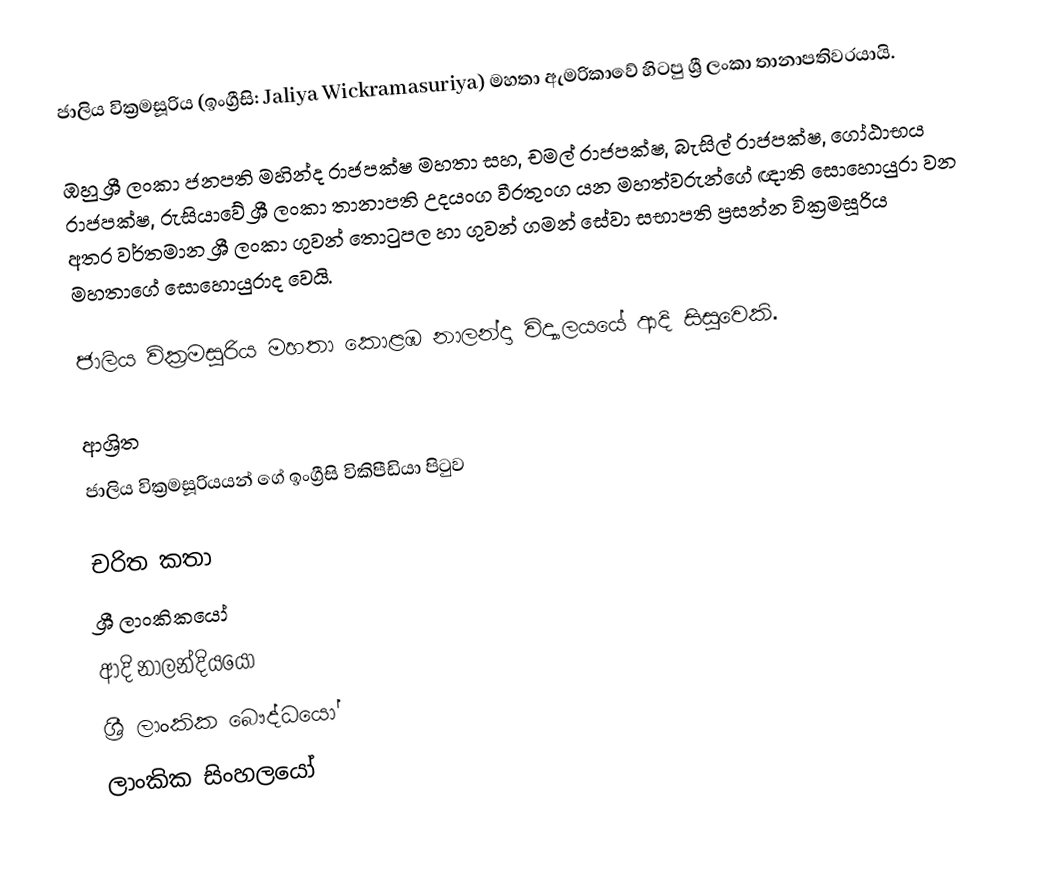
ජාලිය වික්‍රමසූරිය (ඉංග්‍රීසි: Jaliya Wickramasuriya) මහතා ඇමරිකාවේ හිටපු ශ්‍රී ලංකා තානාපතිවරයායි.

ඹහු ශ්‍රී ලංකා ජනපති මහින්ද රාජපක්ෂ මහතා සහ, චමල් රාජපක්ෂ, බැසිල් රාජපක්ෂ, ගෝඨාභය රාජපක්ෂ, රුසියාවේ ශ්‍රී ලංකා තානාපති උදයංග වීරතුංග යන මහත්වරුන්ගේ ඥාති සොහොයුරා වන අතර වර්තමාන ශ්‍රී ලංකා ගුවන් තොටුපල හා ගුවන් ගමන් සේවා සභාපති ප්‍රසන්න වික්‍රමසූරිය මහතාගේ සොහොයුරාද වෙයි.

ජාලිය වික්‍රමසූරිය මහතා කොළඹ නාලන්දා විද්‍යාලයයේ ආදි සිසුවෙකි.

ආශ්‍රිත
  ජාලිය වික්‍රමසූරියයන් ගේ ඉංග්‍රීසි විකිපීඩියා පිටුව

චරිත කතා
ශ්‍රී ලාංකිකයෝ
ආදි නාලන්දියයෝ
ශ්‍රී ලාංකික බෞද්ධයෝ
ලාංකික සිංහලයෝ